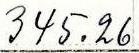
345.26